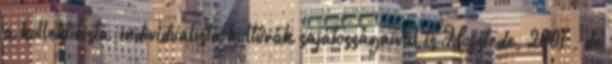
a kollektivista-individualista kultúrák sajátosságaival is Hofstede, 2001 , de